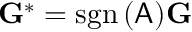
\mathbf { G } ^ { * } = \mathrm { s g n } \, ( \mathsf { A } ) \mathbf { G }